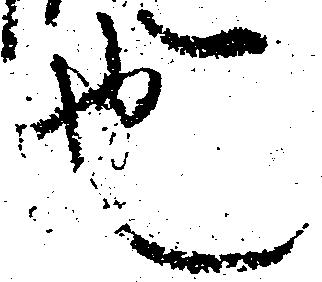
也